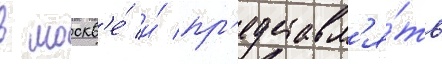
в москв'е́ и́ пр'едставл'я́ть